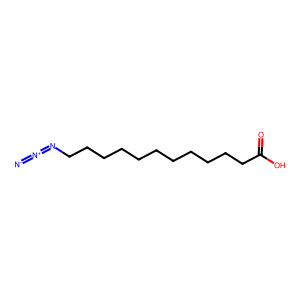
SMILES: [N-]=[N+]=NCCCCCCCCCCCC(=O)O
Inhibits HIV replication: No